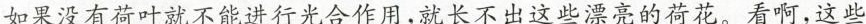
如果没有荷叶就不能进行光合作用，就长不出这些漂亮的荷花。看啊，这些